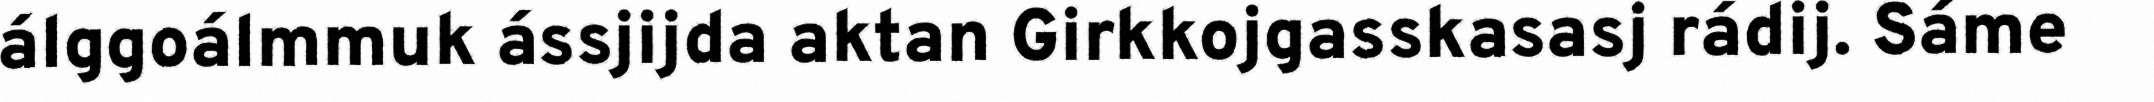
álggoálmmuk ássjijda aktan Girkkojgasskasasj rádij. Sáme